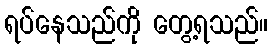
ရပ်နေသည်ကို တွေ့ရသည်။